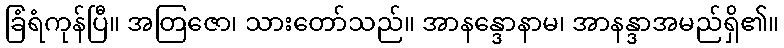
ခြံရံကုန်ပြီ။ အတြဇော၊ သားတော်သည်။ အာနန္ဒောနာမ၊ အာနန္ဒာအမည်ရှိ၏။